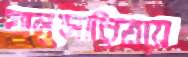
অনুসারিতায়